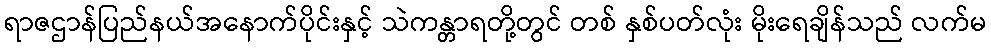
ရာဇဌာန်ပြည်နယ်အနောက်ပိုင်းနှင့် သဲကန္တာရတို့တွင် တစ် နှစ်ပတ်လုံး မိုးရေချိန်သည် လက်မ